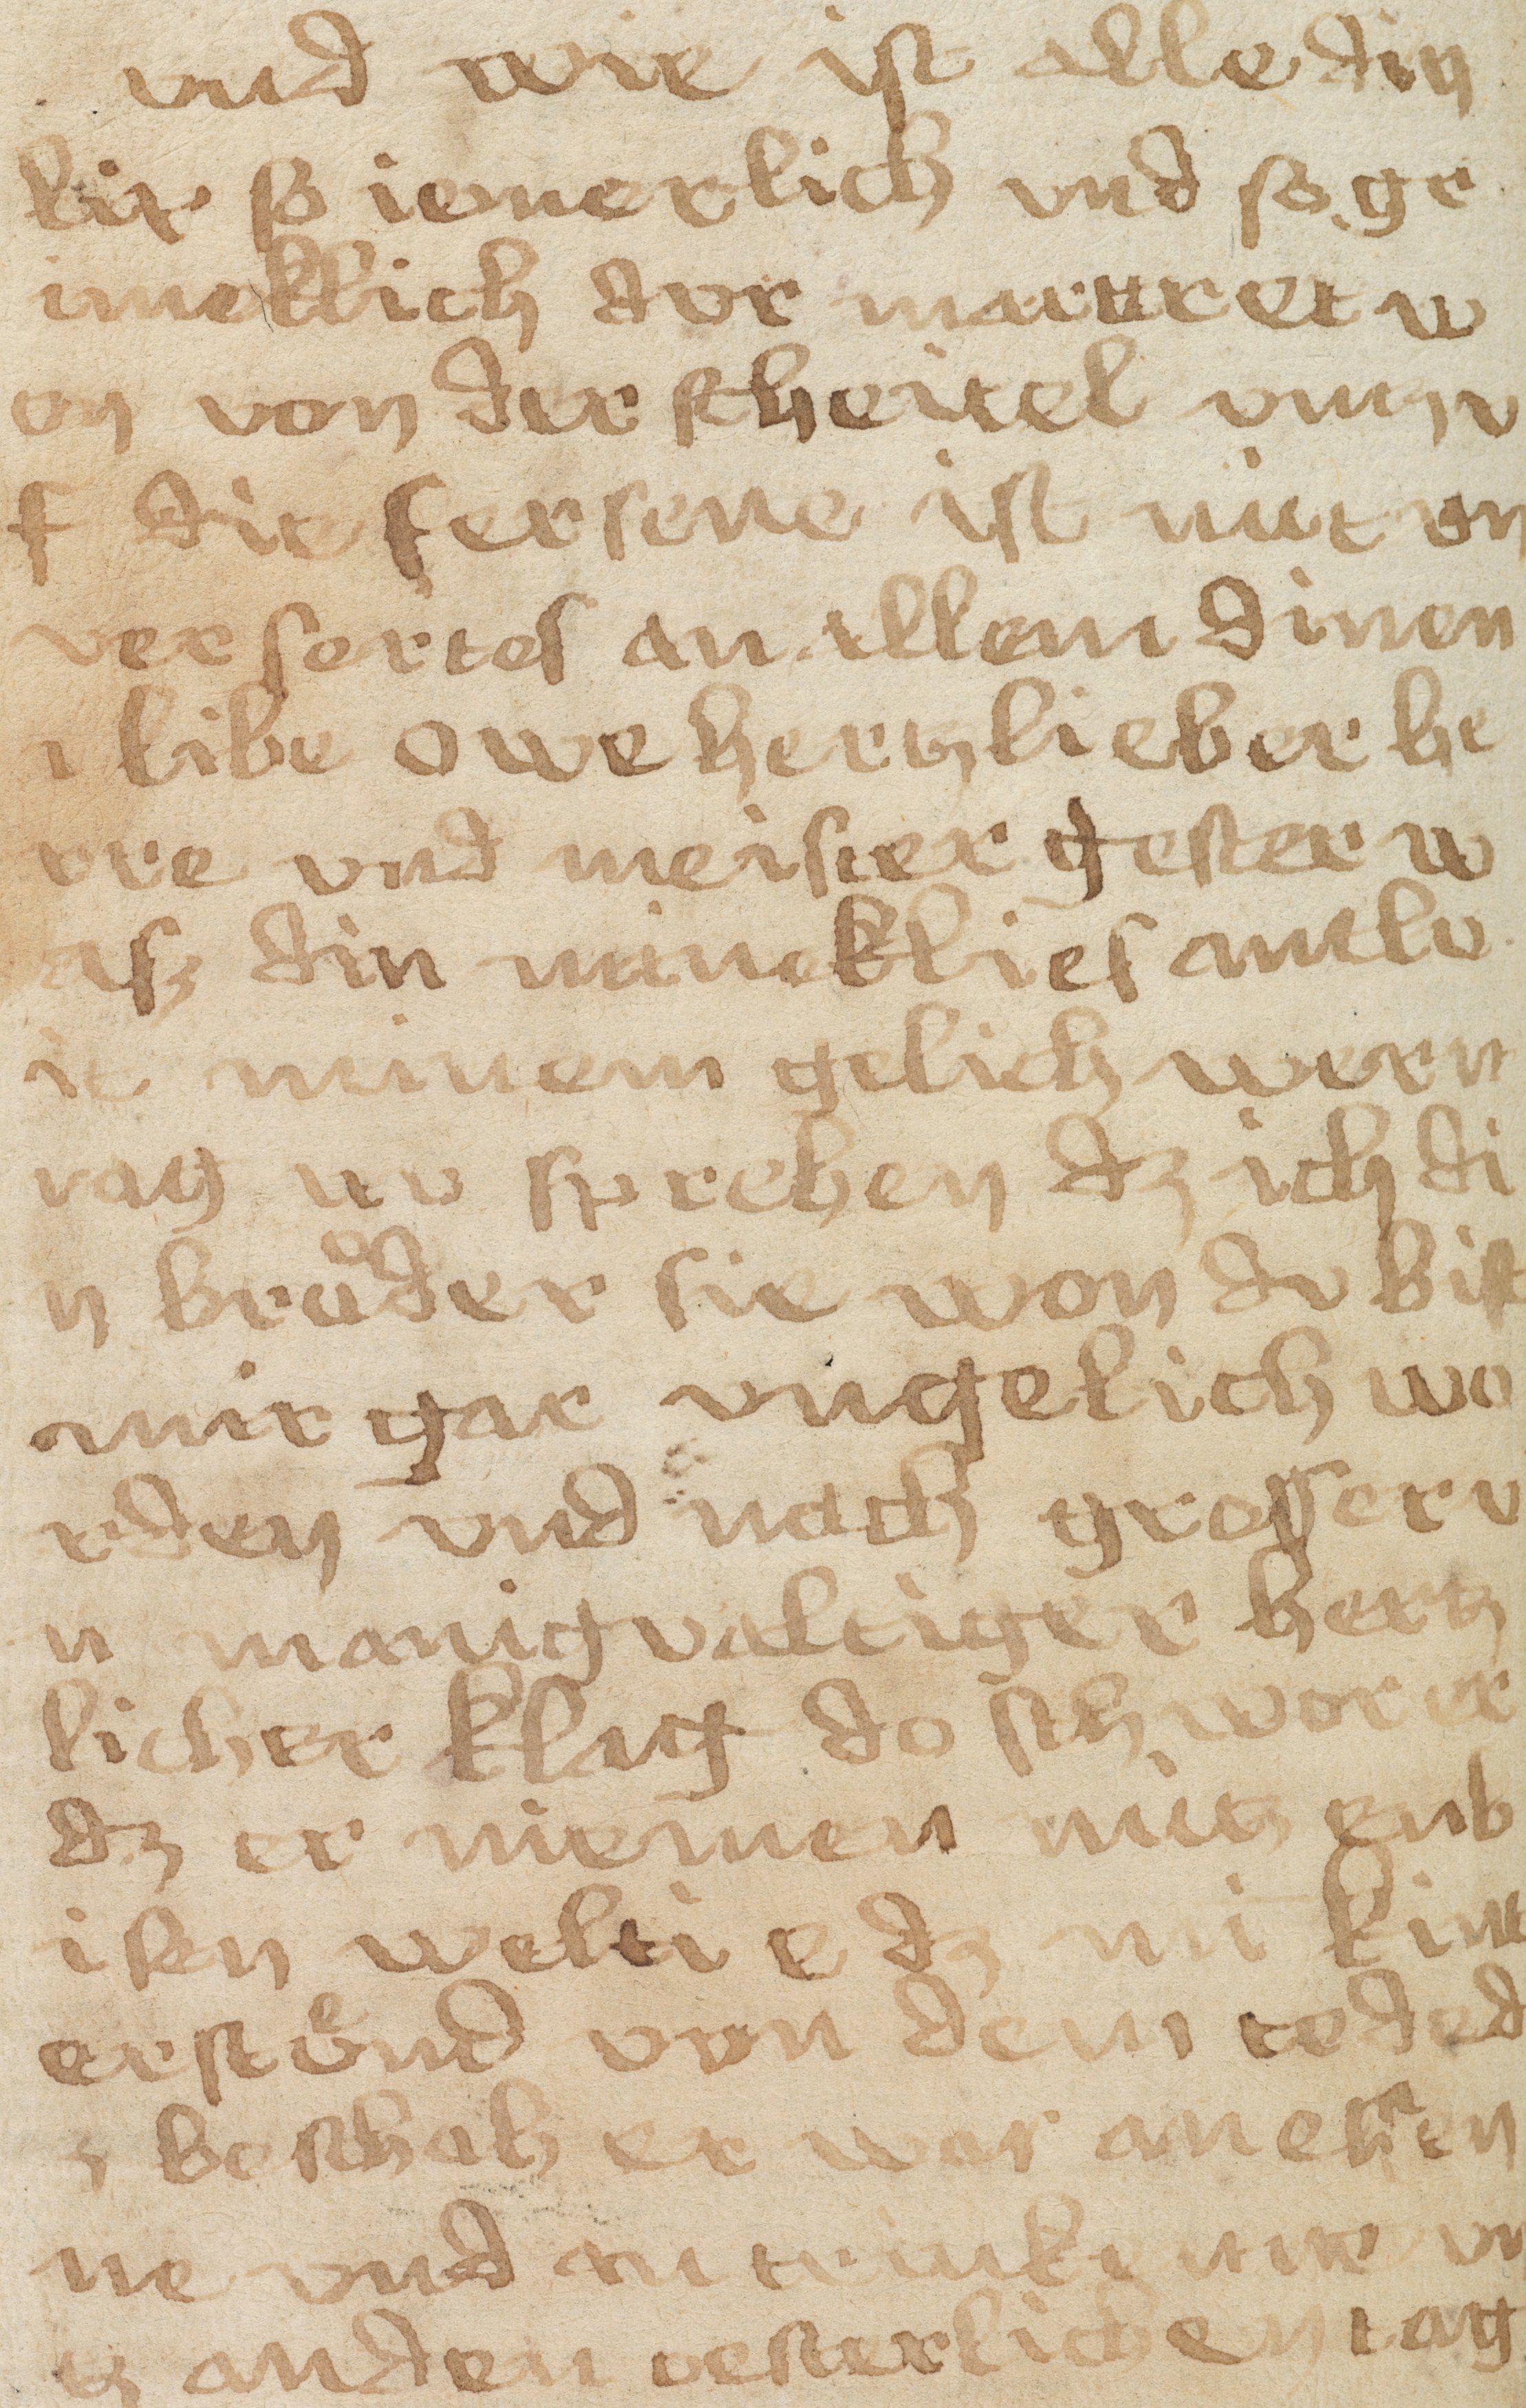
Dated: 1433–1465